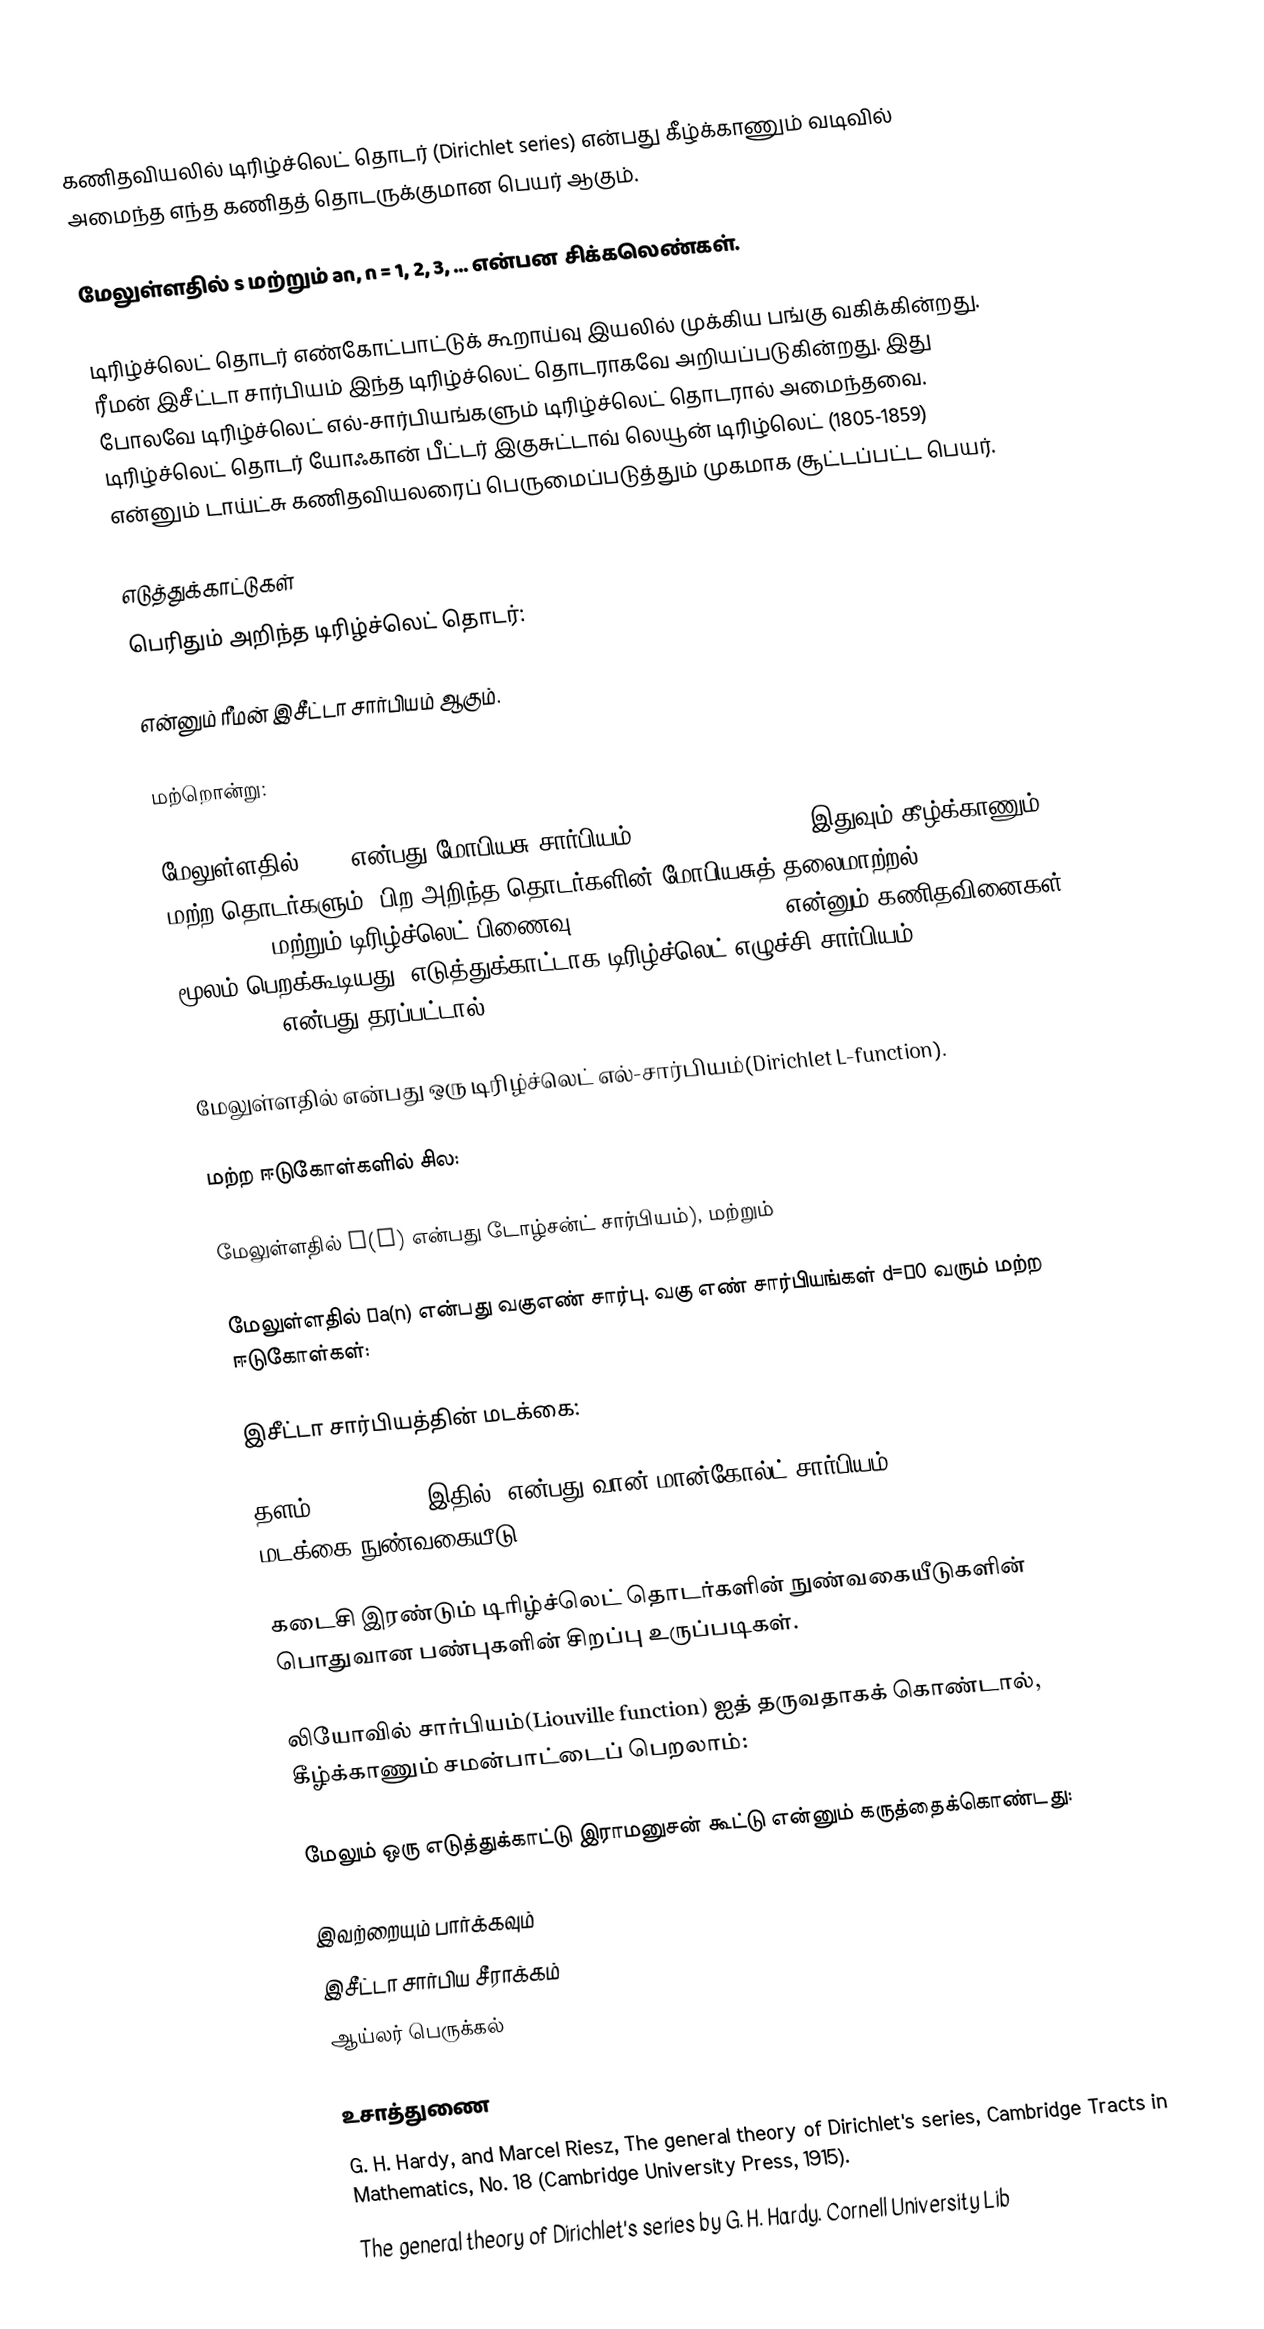
கணிதவியலில் டிரிழ்ச்லெட் தொடர் (Dirichlet series) என்பது கீழ்க்காணும் வடிவில் அமைந்த எந்த கணிதத் தொடருக்குமான பெயர் ஆகும்.

மேலுள்ளதில் s மற்றும் an,  n = 1, 2, 3, ... என்பன சிக்கலெண்கள்.

டிரிழ்ச்லெட் தொடர் எண்கோட்பாட்டுக் கூறாய்வு இயலில் முக்கிய பங்கு வகிக்கின்றது. ரீமன் இசீட்டா சார்பியம் இந்த டிரிழ்ச்லெட் தொடராகவே அறியப்படுகின்றது. இது போலவே டிரிழ்ச்லெட் எல்-சார்பியங்களும் டிரிழ்ச்லெட் தொடரால் அமைந்தவை. டிரிழ்ச்லெட் தொடர் யோஃகான் பீட்டர் இகுசுட்டாவ் லெயூன் டிரிழ்லெட் (1805-1859) என்னும் டாய்ட்சு கணிதவியலரைப் பெருமைப்படுத்தும் முகமாக சூட்டப்பட்ட பெயர்.

எடுத்துக்காட்டுகள்
பெரிதும் அறிந்த டிரிழ்ச்லெட் தொடர்:

என்னும் ரீமன் இசீட்டா சார்பியம் ஆகும்.

மற்றொன்று:

மேலுள்ளதில் μ(n) என்பது மோபியசு சார்பியம் (Möbius function). இதுவும் கீழ்க்காணும் மற்ற தொடர்களும், பிற அறிந்த தொடர்களின் மோபியசுத் தலைமாற்றல் (Möbius inversion) மற்றும் டிரிழ்ச்லெட் பிணைவு(Dirichlet convolution) என்னும் கணிதவினைகள் மூலம் பெறக்கூடியது. எடுத்துக்காட்டாக டிரிழ்ச்லெட் எழுச்சி சார்பியம் (Dirichlet character)  என்பது தரப்பட்டால்,

மேலுள்ளதில்  என்பது ஒரு டிரிழ்ச்லெட் எல்-சார்பியம்(Dirichlet L-function).

மற்ற ஈடுகோள்களில் சில:

மேலுள்ளதில் φ(n) என்பது டோழ்சன்ட் சார்பியம்), மற்றும்

மேலுள்ளதில் σa(n) என்பது வகுஎண் சார்பு. வகு எண் சார்பியங்கள் d=σ0 வரும் மற்ற ஈடுகோள்கள்:

இசீட்டா சார்பியத்தின் மடக்கை:

தளம்: Re(s) > 1. இதில்,  என்பது வான் மான்கோல்ட் சார்பியம் (von Mangoldt function). மடக்கை நுண்வகையீடு (logarithmic derivative):

கடைசி இரண்டும் டிரிழ்ச்லெட் தொடர்களின் நுண்வகையீடுகளின் பொதுவான பண்புகளின் சிறப்பு உருப்படிகள்.

லியோவில் சார்பியம்(Liouville function)  ஐத் தருவதாகக் கொண்டால், கீழ்க்காணும் சமன்பாட்டைப் பெறலாம்:

மேலும் ஒரு எடுத்துக்காட்டு இராமனுசன் கூட்டு என்னும் கருத்தைக்கொண்டது:

இவற்றையும் பார்க்கவும்
 இசீட்டா சார்பிய சீராக்கம்
 ஆய்லர் பெருக்கல்

உசாத்துணை
 G. H. Hardy, and Marcel Riesz, The general theory of Dirichlet's series, Cambridge Tracts in Mathematics, No. 18 (Cambridge University Press, 1915).
  The general theory of Dirichlet's series  by G. H. Hardy. Cornell University Lib